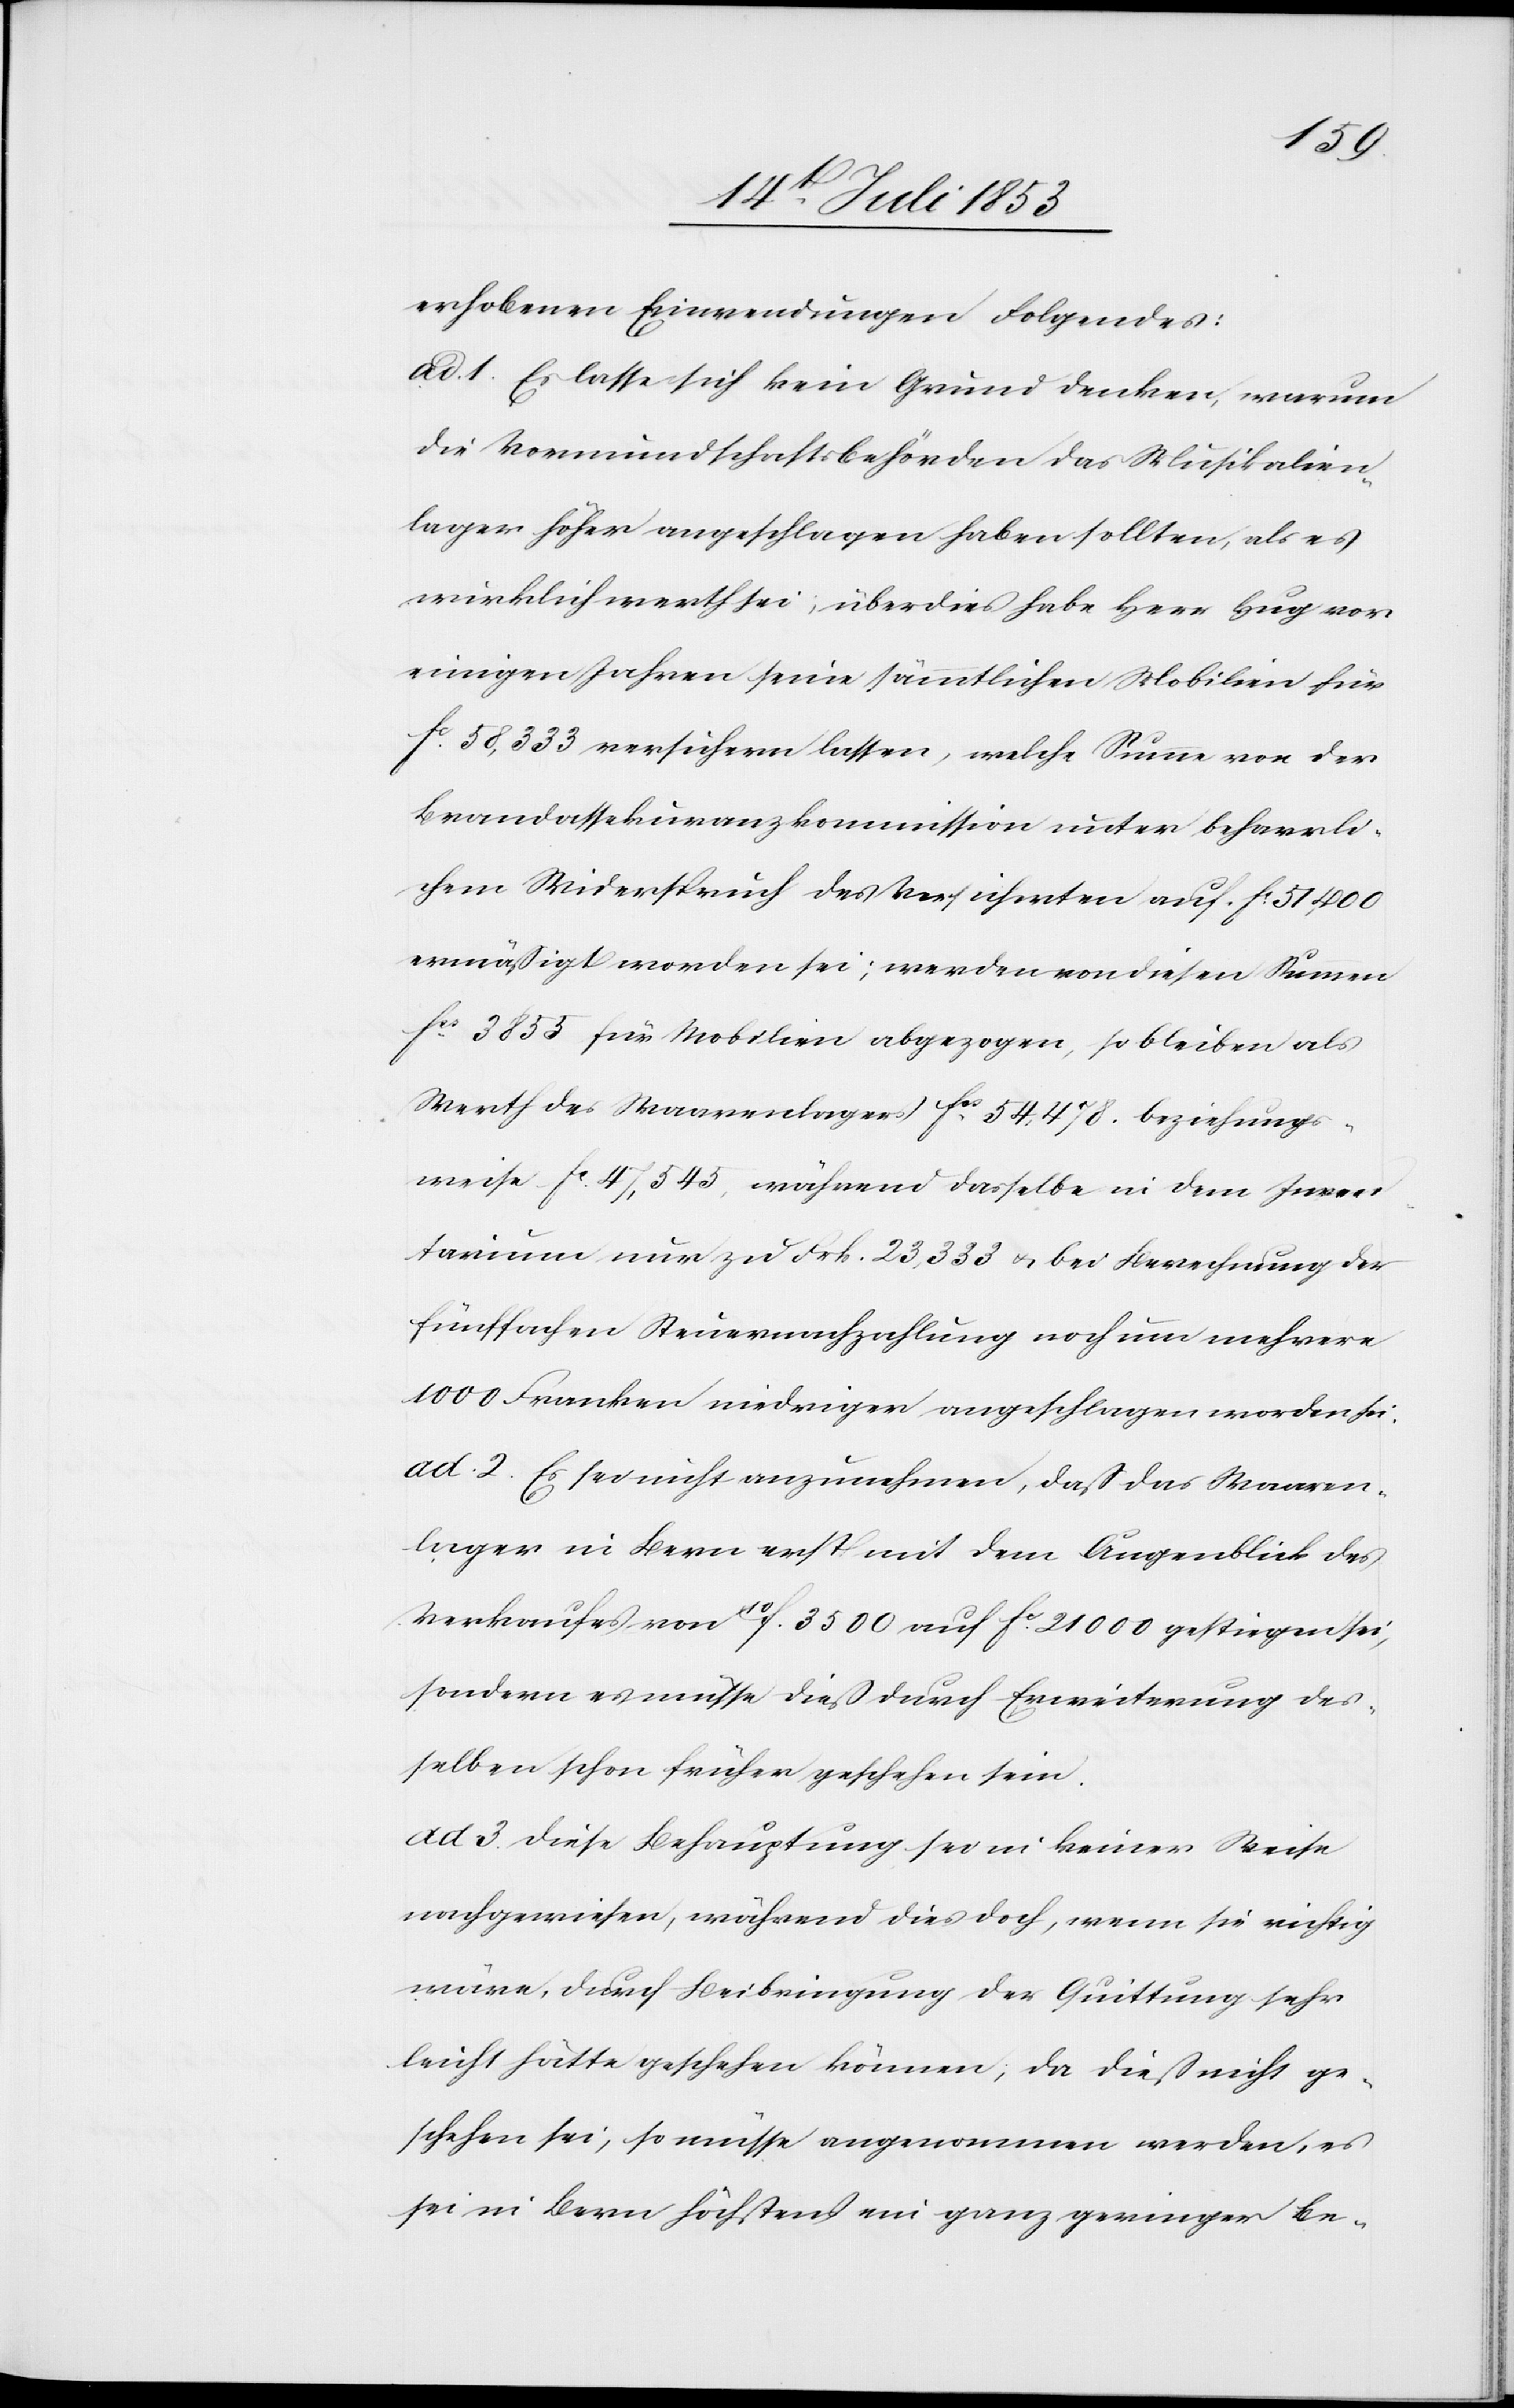
erhobenen Einwendungen Folgendes:
die Vormundschaftsbehörden das Musikalien¬
lager höher angeschlagen haben sollten, als es
wirklich werth sei; überdieß habe Herr Hug vor
einigen Jahren seine sämmtlichen Mobilien für
fc 58 333 versichern lassen, welche Summe von der
Brandassekuranzkommission unter beharrli¬
chem Widerspruch des Versicherten auf fc 51 400
ermäßigt worden sei; werden von diesen Summen
fes 3855 für Mobilien abgezogen, so bleiben als
Werth des Waarenlagers fes 54 478. beziehungs¬
weise fc 47 545, während dasselbe in dem Inven¬
tarium nur zu Frk. 23 333 u. bei Berechnung der
fünffachen Steuernachzahlung noch um mehrere
1000 Franken niedriger angeschlagen worden sei.
ad 2. Es sei nicht anzunehmen, daß das Waaren¬
lager in Bern erst mit dem Augenblick des
Verkaufes von f. 3500 auf fc 21 000 gestiegen sei,
sondern es müsse dieß durch Erweiterung des¬
selben schon früher geschehen sein.
ad 3. Diese Behauptung sei in keiner Weise
nachgewiesen, während dies doch, wenn sie richtig
wäre, durch Beibringung der Quittung sehr
leicht hätte geschehen können, da dieß nicht ge¬
schehen sei, so müsse angenommen werden, es
sei in Bern höchstens ein ganz geringer Be-